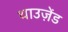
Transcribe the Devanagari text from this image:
थाउज़ेंड